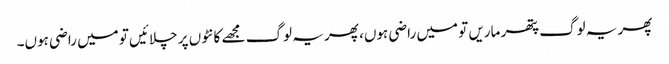
پھر یہ لوگ پتھر ماریں تو میں راضی ہوں، پھر یہ لوگ مجھے کانٹوں پر چلائیں تو میں راضی ہوں۔